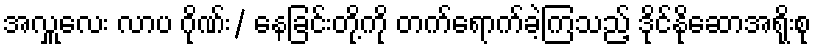
အလှူလေး လာပ ဂိုဏ်း/ နေခြင်းတို့ကို တက်ရောက်ခဲ့ကြသည့် ဒိုင်နိုဆောအရိုးစု